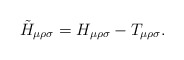
\begin{align*}\tilde{H}_{\mu\rho\sigma}= H_{\mu\rho\sigma}- T_{\mu\rho\sigma}.\end{align*}